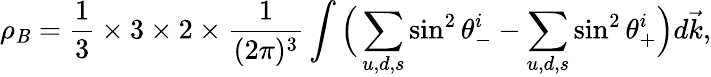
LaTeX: \rho_{\mathit{B}}=\frac{{1}}{{3}}\times3\times2\times\frac{{1}}{{(2\pi)^{3}}}\int\Big(\sum_{u,d,s}\sin^{2}\theta_{-}^{i}-\sum_{u,d,s}\sin^{2}\theta_{+}^{i}\Big)d\vec{{k}},